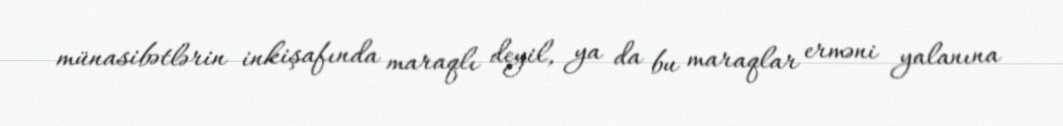
münasibətlərin inkişafında maraqlı deyil, ya da bu maraqlar erməni yalanına